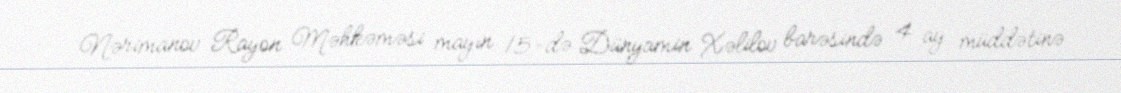
Nərimanov Rayon Məhkəməsi mayın 15-də Dünyamin Xəlilov barəsində 4 ay müddətinə